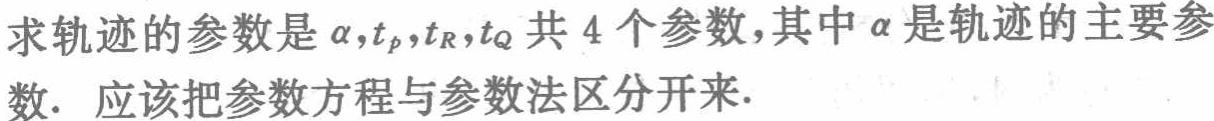
求轨迹的参数是\(\alpha,t_{p},t_{R},t_{Q}\)共4个参数,其中\(\alpha\)是轨迹的主要参数. 应该把参数方程与参数法区分开来.